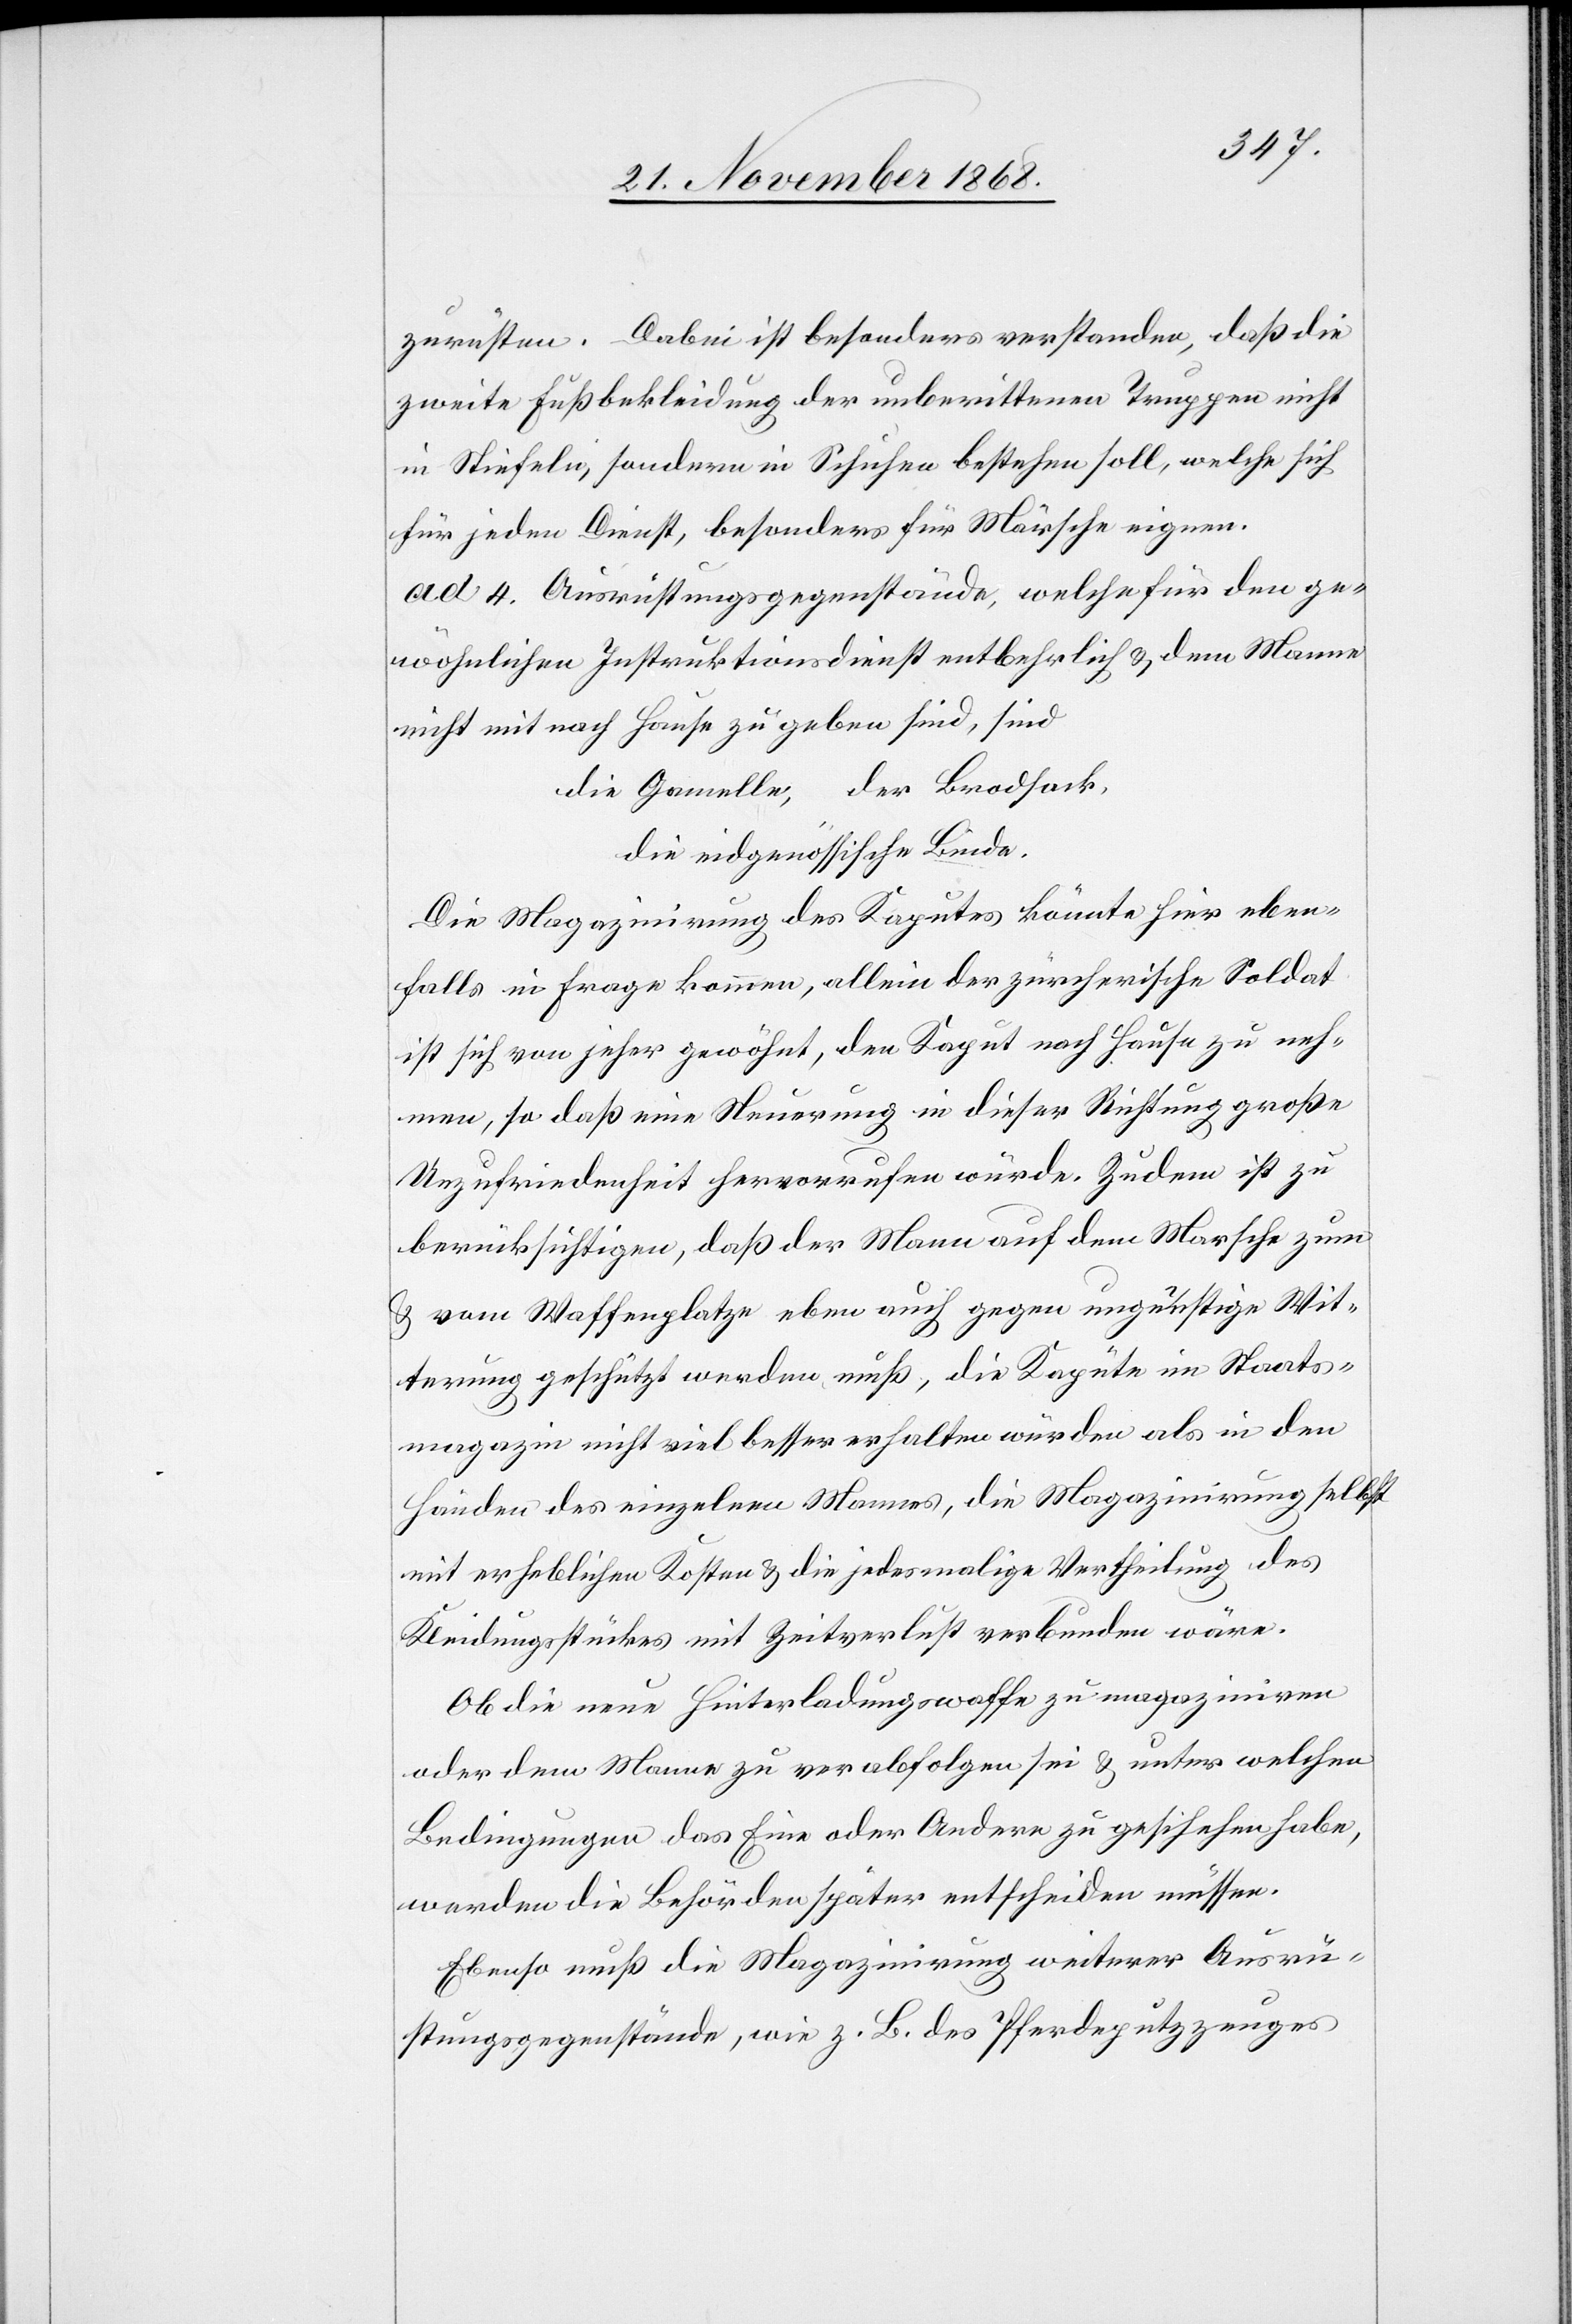
zurüsten. Dabei ist besonders verstanden, daß die
zweite Fußbekleidung der unberittenen Truppen nicht
in Stiefeln, sondern in Schuhen bestehen soll, welche sich
für jeden Dienst, besonders für Märsche eignen.
ad 4. Ausrüstungsgegenstände, welche für den ge¬
wöhnlichen Instruktionsdienst entbehrlich & dem Manne
nicht mit nach Hause zu geben sind, sind
die Gamelle, der Brodsack,
die eidgenössische Binde.
Die Magazinirung des Kaputes könnte hier eben¬
falls in Frage kommen, allein der zürcherische Soldat
ist sich von jeher gewöhnt, den Kaput nach Hause zu neh¬
men, so daß eine Neuerung in dieser Richtung große
Unzufriedenheit hervorrufen würde. Zudem ist zu
berücksichtigen, daß der Mann auf dem Marsche zum
& vom Waffenplatze eben auch gegen ungünstige Wit¬
terung geschützt werden muß, die Kapüte im Staats¬
magazin nicht viel besser erhalten würden als in den
Händen des einzelnen Mannes, die Magazinirung selbst
mit erheblichen Kosten & die jedesmalige Vertheilung des
Kleidungsstückes mit Zeitverlust verbunden wäre.
Ob die neue Hinterladungswaffe zu magaziniren
oder dem Manne zu verabfolgen sei & unter welchen
Bedingungen das Eine oder Andere zu geschehen habe,
werden die Behörden später entscheiden müssen.
Ebenso muß die Magazinirung weiterer Ausrü¬
stungsgegenstände, wie z. B. des Pferdeputzzeuges